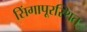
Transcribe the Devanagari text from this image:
सिंगापूरस्थित